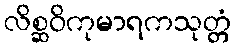
လိစ္ဆဝိကုမာရကသုတ္တံ